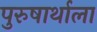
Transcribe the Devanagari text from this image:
पुरुषार्थाला